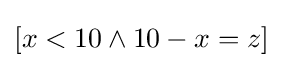
[x<10\wedge 10-x=z]